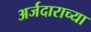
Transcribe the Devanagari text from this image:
अर्जदाराच्या